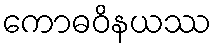
ကောဓဝိနယဿ